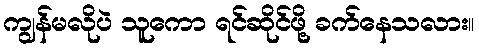
ကျွန်မလိုပဲ သူကော ရင်ဆိုင်ဖို့ ခက်နေသလား။